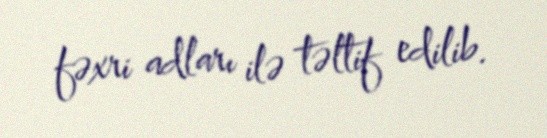
fəxri adları ilə təltif edilib.